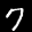
Label: 7